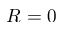
R = 0